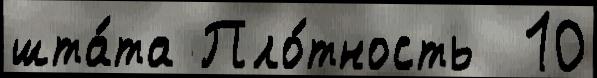
шта́та Пло́тность  10